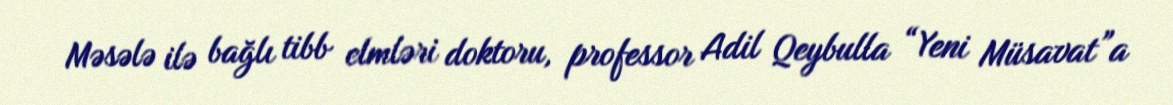
Məsələ ilə bağlı tibb elmləri doktoru, professor Adil Qeybulla “Yeni Müsavat”a